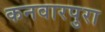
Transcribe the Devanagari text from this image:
कनवारपुरा